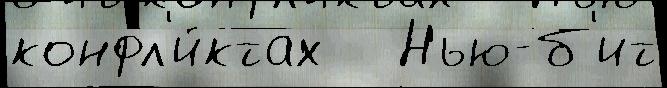
конфл'и́ктах   Нью-б'ит